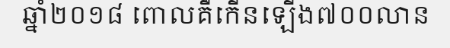
ឆ្នាំ២០១៨ ពោលគឺកើនឡើង៧០០លាន